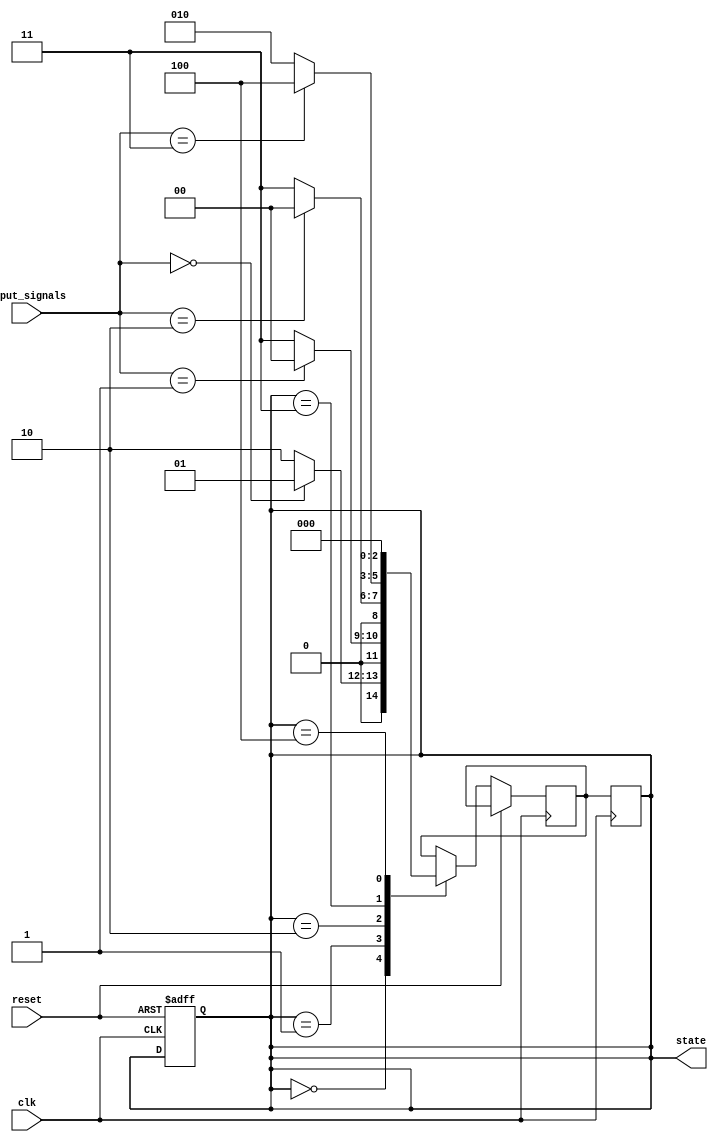
module state_machine (
    input wire clk,
    input wire reset,
    input wire [3:0] input_signals,
    output reg [2:0] state
);

parameter STATE_A = 3'b000;
parameter STATE_B = 3'b001;
parameter STATE_C = 3'b010;
parameter STATE_D = 3'b011;
parameter STATE_E = 3'b100;

reg [2:0] next_state;

always @(posedge clk or posedge reset) begin
    if (reset) begin
        state <= STATE_A;
    end else begin
        case(state)
            STATE_A: begin
                // Define behavior for STATE_A
                if (input_signals == 4'b0000) begin
                    next_state <= STATE_B;
                end else begin
                    next_state <= STATE_C;
                end
            end
            STATE_B: begin
                // Define behavior for STATE_B
                if (input_signals == 4'b0001) begin
                    next_state <= STATE_A;
                end else begin
                    next_state <= STATE_D;
                end
            end
            STATE_C: begin
                // Define behavior for STATE_C
                if (input_signals == 4'b0010) begin
                    next_state <= STATE_A;
                end else begin
                    next_state <= STATE_D;
                end
            end
            STATE_D: begin
                // Define behavior for STATE_D
                if (input_signals == 4'b0011) begin
                    next_state <= STATE_E;
                end else begin
                    next_state <= STATE_C;
                end
            end
            STATE_E: begin
                // Define behavior for STATE_E
                next_state <= STATE_A;
            end
        endcase
    end
end

always @(posedge clk) begin
    state <= next_state;
end

endmodule